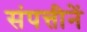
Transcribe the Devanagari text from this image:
संपत्तीनें